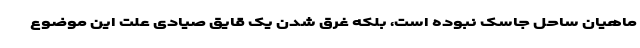
ماهیان ساحل جاسک نبوده است، بلکه غرق شدن یک قایق صیادی علت این موضوع